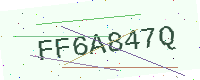
Text: FF6A847Q